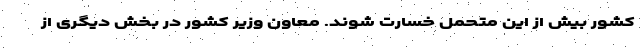
کشور بیش از این متحمل خسارت شوند. معاون وزیر کشور در بخش دیگری از